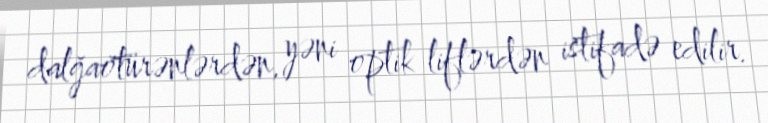
dalğaötürənlərdən, yəni optik liflərdən istifadə edilir.